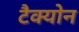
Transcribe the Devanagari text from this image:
टैक्योन